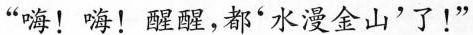
“嗨！嗨！醒醒，都'水漫金山'了！”